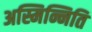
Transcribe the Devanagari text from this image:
अस्मिन्निति